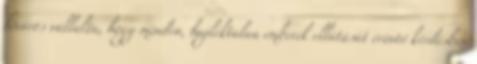
főváros vállalta, hogy minden, hajléktalan emberek ellátását érintő kérdésben